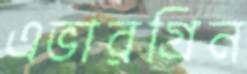
এভারগ্রিন